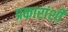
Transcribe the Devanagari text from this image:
प्रकारांशी